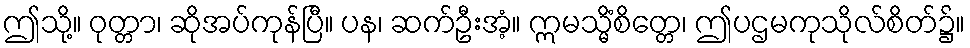
ဤသို့။ ဝုတ္တာ၊ ဆိုအပ်ကုန်ပြီ။ ပန၊ ဆက်ဦးအံ့။ ဣမသ္မိံစိတ္တေ၊ ဤပဌမကုသိုလ်စိတ်၌။